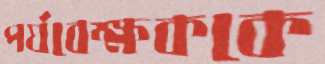
পর্যবেক্ষককে